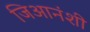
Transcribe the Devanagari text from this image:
जिआनंशी